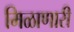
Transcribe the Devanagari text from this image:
मिळाणारी